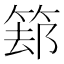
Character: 𱸁